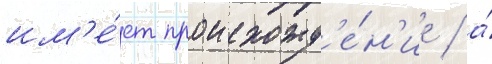
им'е́ет происхожд'е́н'ие / а́